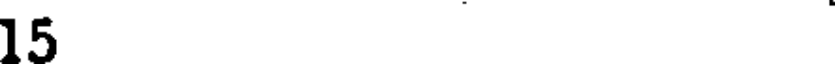
5